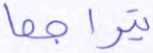
يتراجعا